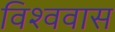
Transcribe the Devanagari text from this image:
विश्ववास